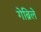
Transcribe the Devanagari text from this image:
गेब्रिले